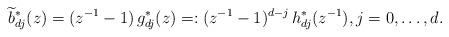
LaTeX: \begin{align*} \widetilde b_{dj}^* (z) = (z^{-1} - 1) \, g_{dj}^* (z) =: (z^{-1} - 1)^{d-j} \, h_{dj}^* (z^{-1}), j=0,\dots,d.\end{align*}